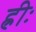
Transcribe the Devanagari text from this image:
ह्रीः